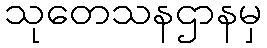
သုတေသနဌာနမှ